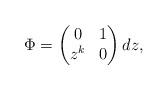
LaTeX: \begin{align*}\Phi = \begin{pmatrix} 0 & 1 \\ z^k & 0 \end{pmatrix} dz,\end{align*}